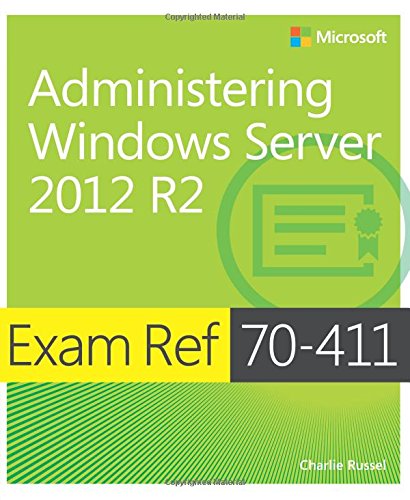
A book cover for Exam Ref 70-411 Administering Windows Server 2012 R2 (MCSA); Charlie Russel; Computers & Technology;